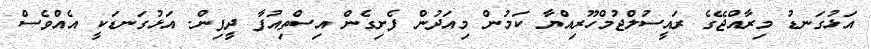
އަޅުގަނޑު މިރާއްޖޭގެ ރައީސުލްޖުމްހޫރިއްޔާ ކަމުން މިއަދުން ފެށިގެން އިސްތިއުފާ ދީފިން. އަޅުގަނޑަކީ އެއްވެސް